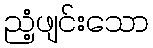
ညံ့ဖျင်းသော